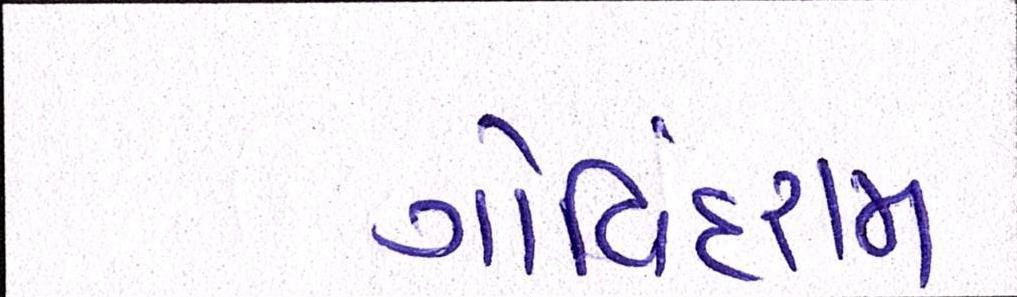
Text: ગોવિંદરામ